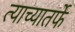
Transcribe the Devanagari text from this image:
त्याच्यातर्फे